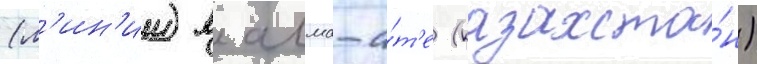
(л'ин'ии) в алма-а́т'е (казахста́н)